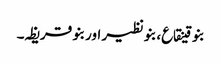
بنو قینقاع، بنو نظیر اور بنو قریظہ۔